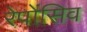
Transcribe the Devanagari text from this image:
रेपोंसिव